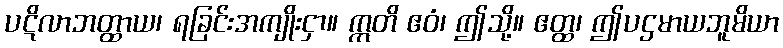
ပဋိလာဘတ္ထာယ၊ ရခြင်းအကျိုးငှာ။ ဣတိ ဧဝံ၊ ဤသို့။ ဧတ္ထ၊ ဤပဌမာယဘူမိယာ